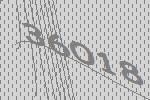
36018